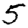
Digit: 5